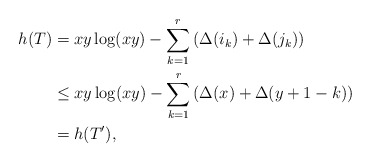
\begin{align*} h(T)&=xy \log(xy) - \sum_{k=1}^{r} \left( \Delta(i_k) + \Delta(j_k) \right)\\ &\le xy \log(xy) - \sum_{k=1}^{r} \left( \Delta(x)+\Delta(y+1-k) \right)\\ &= h(T'), \end{align*}